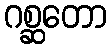
ဂစ္ဆတော